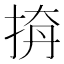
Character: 𢭛